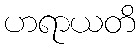
ဟရာယတိ